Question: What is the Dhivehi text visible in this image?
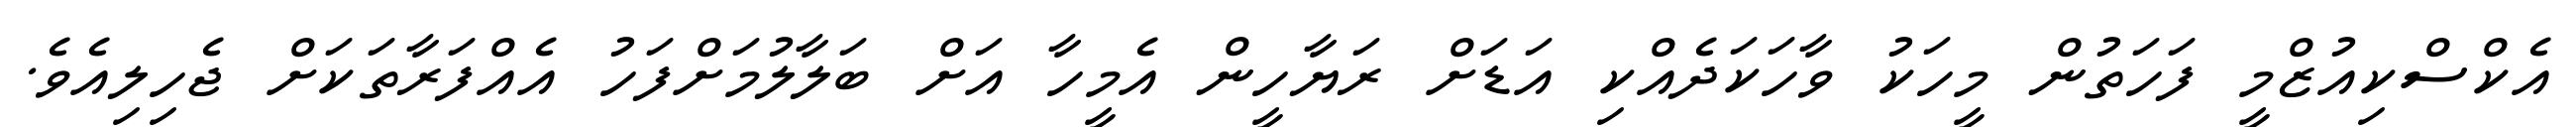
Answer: އެކްސްކިއުޒްމީ ފަހަތުން މީހަކު ވާހަކަދެއްކި އަޑަށް ރަޔާހީން އެމީހާ އަށް ބަލާލުމަށްފަހު އެއްފަރާތަކަށް ޖެހިލިއެވެ.